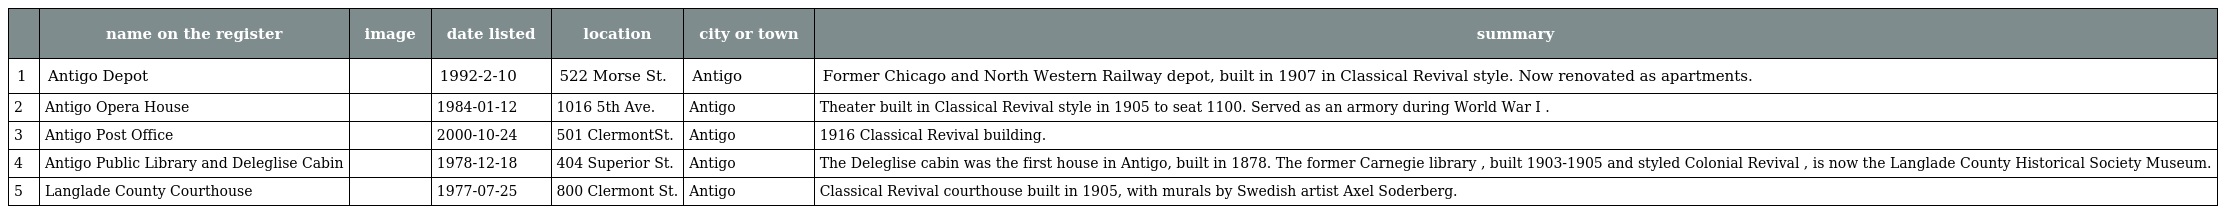
|  | name on the register | image | date listed | location | city or town | summary |
 | --- | --- | --- | --- | --- | --- | --- |
 | 1 | Antigo Depot |  | 1992-2-10 | 522 Morse St. | Antigo | Former Chicago and North Western Railway depot, built in 1907 in Classical Revival style. Now renovated as apartments. |
 | 2 | Antigo Opera House |  | 1984-01-12 | 1016 5th Ave. | Antigo | Theater built in Classical Revival style in 1905 to seat 1100. Served as an armory during World War I . |
 | 3 | Antigo Post Office |  | 2000-10-24 | 501 ClermontSt. | Antigo | 1916 Classical Revival building. |
 | 4 | Antigo Public Library and Deleglise Cabin |  | 1978-12-18 | 404 Superior St. | Antigo | The Deleglise cabin was the first house in Antigo, built in 1878. The former Carnegie library , built 1903-1905 and styled Colonial Revival , is now the Langlade County Historical Society Museum. |
 | 5 | Langlade County Courthouse |  | 1977-07-25 | 800 Clermont St. | Antigo | Classical Revival courthouse built in 1905, with murals by Swedish artist Axel Soderberg. |